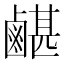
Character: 𪉯